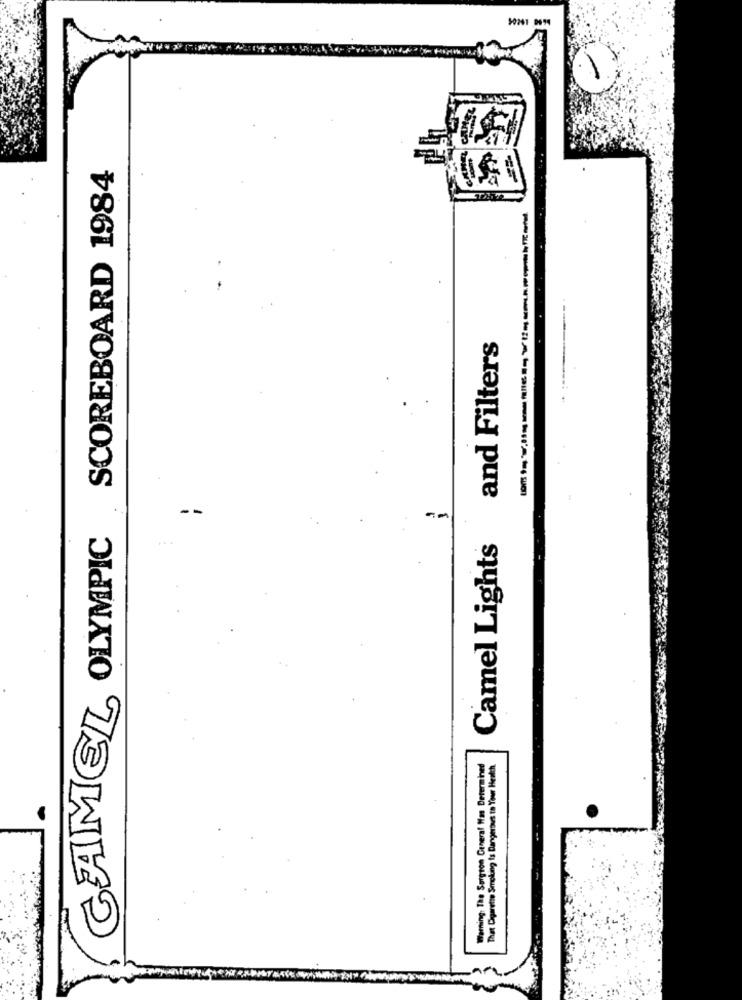
10241 0914
CALMEZ OLYMPIC SCOREBOARD 1984
and Filters
Camel Lights
Warning The Surgeon General Mm Determined
That Depretis Smoking Is Dangerous to Your Health